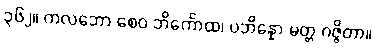
၃၆၂။ ကလဘော စေဝ ဘိင်္ကောထ၊ ပဘိန္နော မတ္တ ဂဇ္ဇိတာ။